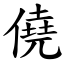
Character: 僥